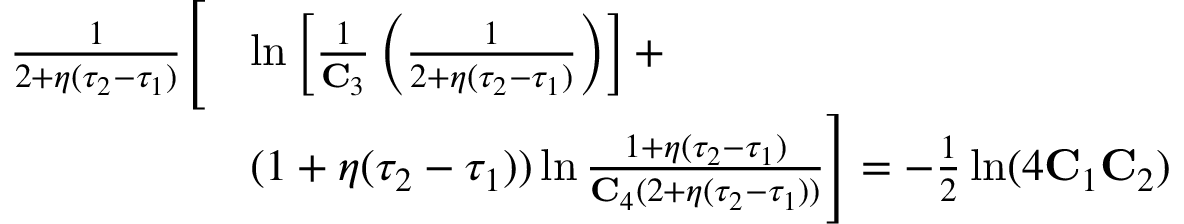
\begin{array} { r l } { \frac { 1 } { 2 + \eta ( \tau _ { 2 } - \tau _ { 1 } ) } \Bigg [ } & { \ln \left[ \frac { 1 } { \mathbf { C } _ { 3 } } \left( \frac { 1 } { 2 + \eta ( \tau _ { 2 } - \tau _ { 1 } ) } \right) \right] + } \\ & { ( 1 + \eta ( \tau _ { 2 } - \tau _ { 1 } ) ) \ln \frac { 1 + \eta ( \tau _ { 2 } - \tau _ { 1 } ) } { \mathbf { C } _ { 4 } ( 2 + \eta ( \tau _ { 2 } - \tau _ { 1 } ) ) } \Bigg ] = - \frac { 1 } { 2 } \ln ( 4 \mathbf { C } _ { 1 } \mathbf { C } _ { 2 } ) } \end{array}